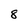
Character: 8